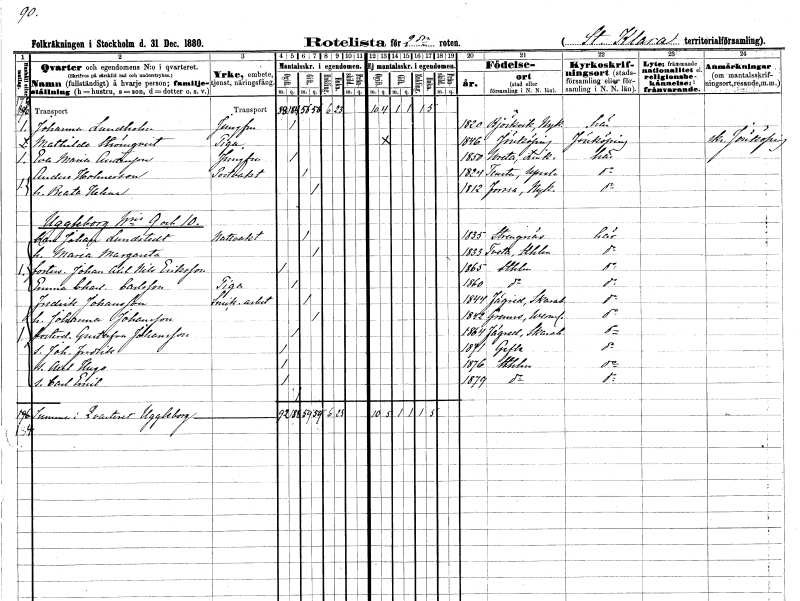
gt_parse: households: individuals: FN: Johanna
EN: Lundholm
YRKE: Jungfru
KON: K
CIV: O
FODAR: 1820
FODFORS: Björkvik Södermanlands län
FN: Mathilda
EN: Strömqvist
YRKE: Piga
KON: K
CIV: O
FODAR: 1846
FODFORS: Jönköping Jönköpings län
FN: Eva Maria
EN: Andersson
YRKE: Jungfru
KON: K
CIV: O
FODAR: 1850
FODFORS: Vreta kloster Östergötlands län
FN: Anders
EN: Holmesson
YRKE: Portvakt
KON: M
CIV: G
FODAR: 1824
FODFORS: Tensta Uppsala län
FN: Beata Helena
KON: K
CIV: G
FODAR: 1812
FODFORS: Forssa Södermanlands län
FN: Carl Johan
EN: Lundstedt
YRKE: Nattvakt
KON: M
CIV: G
FODAR: 1835
FODFORS: Strängnäs Södermanlands län
FN: Maria Margareta
KON: K
CIV: G
FODAR: 1833
FODFORS: Tveta Stockholms län
FN: Johan Axel Nils
EN: Eriksson
KON: M
CIV: O
FODAR: 1865
FODFORS: Stockholm
FN: Emma Charlotta
EN: Carlsson
YRKE: Piga
KON: K
CIV: O
FODAR: 1860
FODFORS: Stockholm
FN: Fredrik
EN: Johansson
YRKE: Snickeriarbetare
KON: M
CIV: G
FODAR: 1844
FODFORS: Fägre Skaraborgs län
FN: Johanna
EN: Johansson
KON: K
CIV: G
FODAR: 1842
FODFORS: Grums Värmlands län
FN: Gustafva
EN: Johansson
KON: K
CIV: O
FODAR: 1864
FODFORS: Fägre Skaraborgs län
FN: Johan Fredrik
KON: M
CIV: O
FODAR: 1871
FODFORS: Gävle Gävleborgs län
FN: Axel Hugo
KON: M
CIV: O
FODAR: 1876
FODFORS: Stockholm
FN: Carl Emil
KON: M
CIV: O
FODAR: 1879
FODFORS: Stockholm